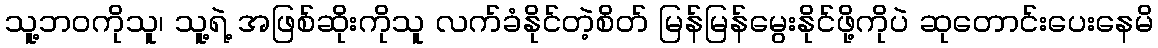
သူ့ဘဝကိုသူ၊ သူ့ရဲ့ အဖြစ်ဆိုးကိုသူ လက်ခံနိုင်တဲ့စိတ် မြန်မြန်မွေးနိုင်ဖို့ကိုပဲ ဆုတောင်းပေးနေမိ